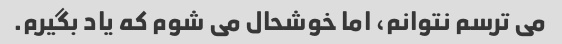
می ترسم نتوانم، اما خوشحال می شوم که یاد بگیرم.